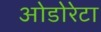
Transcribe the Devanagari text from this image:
ओडोरेटा